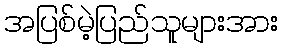
အပြစ်မဲ့ပြည်သူများအား